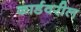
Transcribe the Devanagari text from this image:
कार्डवरील